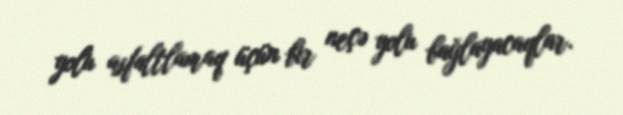
yolu asfaltlamaq üçün bir neçə yolu bağlayacaqlar.